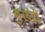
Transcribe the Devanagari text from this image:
कुरवंडी